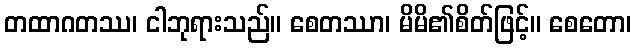
တထာဂတဿ၊ ငါဘုရားသည်။ စေတဿာ၊ မိမိ၏စိတ်ဖြင့်။ စေတော၊